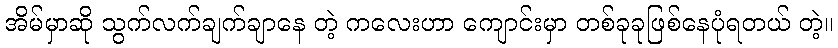
အိမ်မှာဆို သွက်လက်ချက်ချာနေ တဲ့ ကလေးဟာ ကျောင်းမှာ တစ်ခုခုဖြစ်နေပုံရတယ် တဲ့။